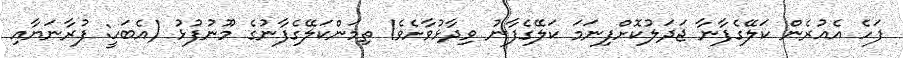
ފަހެ އެއުރެން ކަލޭގެފާނާ ޖަދަލުކޮށްފިނަމަ ކަލޭގެފާނު ވިދާޅުވާށެވެ! ތިމަންކަލޭގެފާނުގެ މޫނުފުޅު (އެބަހީ: ފުރާނަޔާއި